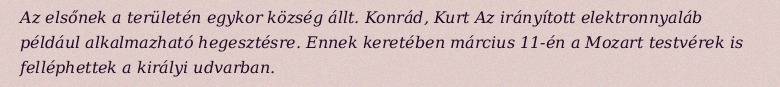
Az elsőnek a területén egykor község állt. Konrád, Kurt Az irányított elektronnyaláb például alkalmazható hegesztésre. Ennek keretében március 11-én a Mozart testvérek is felléphettek a királyi udvarban.